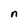
Character: n